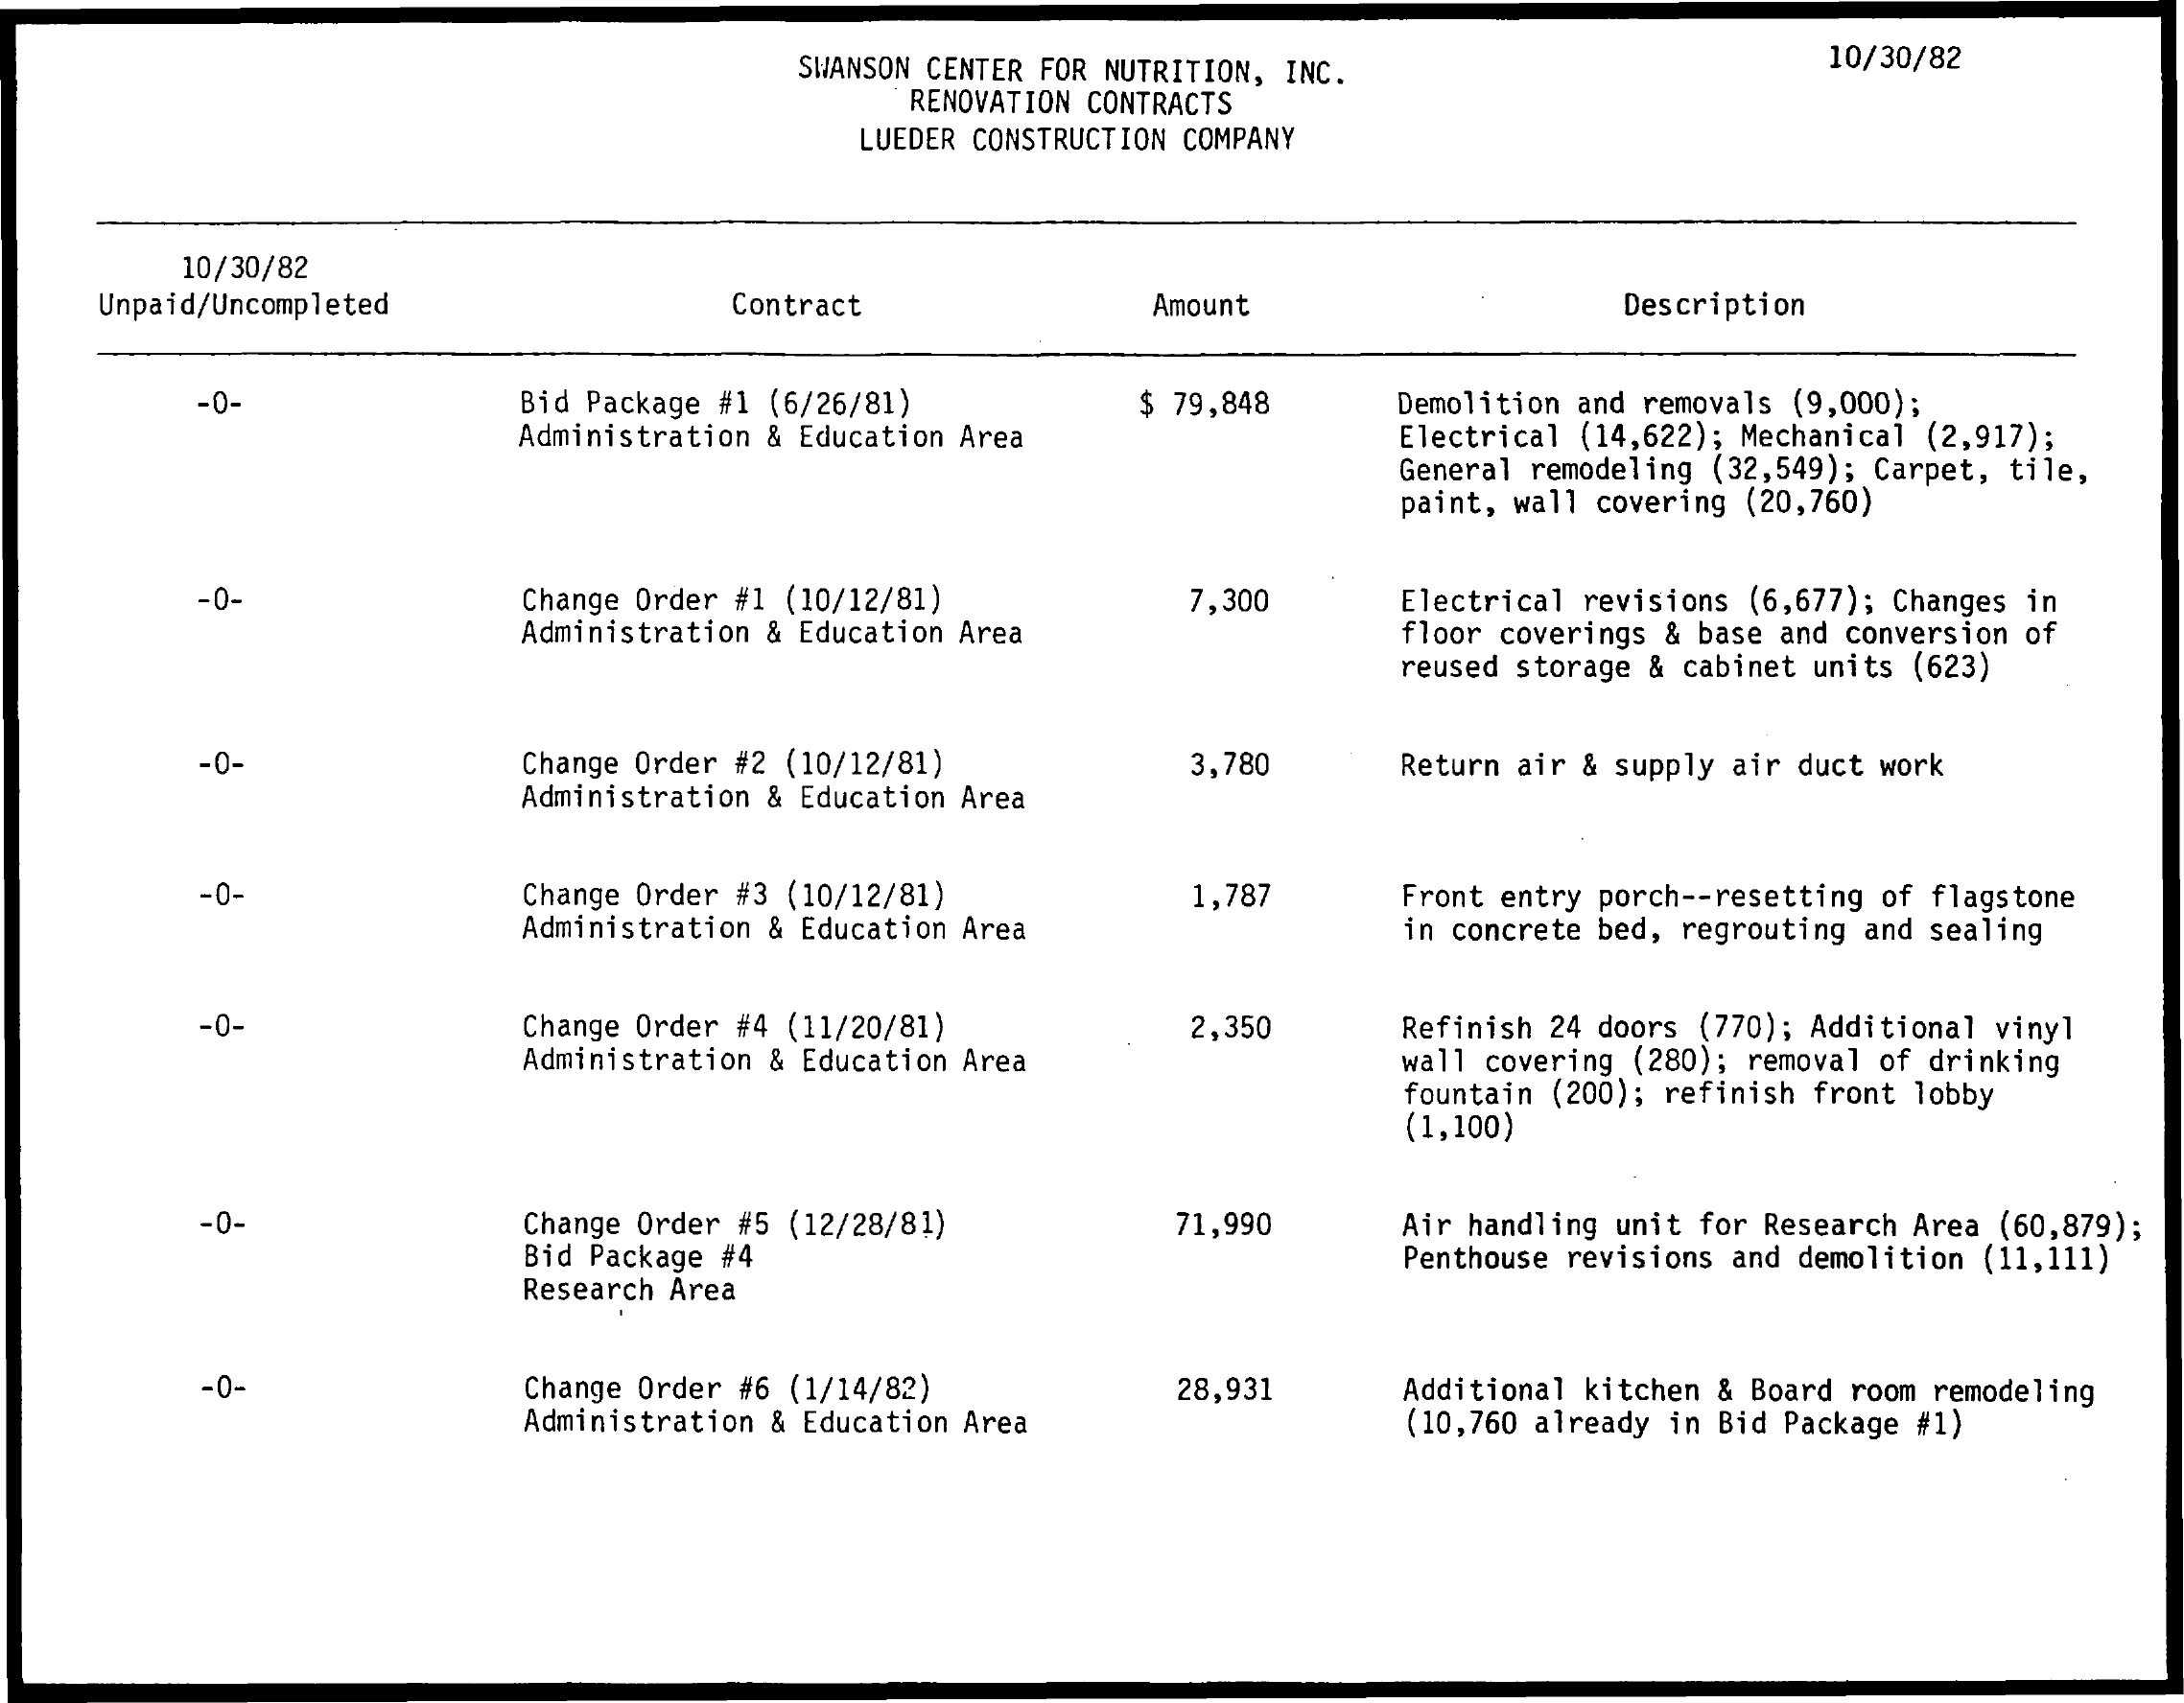
SWANSON CENTER FOR NUTRITION, INC.   10/30/82
     RENOVATION CONTRACTS
     LUEDER CONSTRUCTION COMPANY
     10/30/82
    Unpaid/Uncompleted    Contract    Amount    Description
     -0-    Bid Package #1 (6/26/81)
     Administration & Education Area
     $ 79,848 Demolition and removals (9,000);
     Electrical (14,622); Mechanical (2,917);
     General remodeling (32,549); Carpet, tile,
     paint, wall covering (20,760)
     -0-    Change Order #1 (10/12/81) 7,300 Electrical revisions (6,677); Changes in
     Administration & Education Area floor coverings & base and conversion of
     reused storage & cabinet units (623)
     -0-    Change Order #2 (10/12/81) 3,780 Return air & supply air duct work
     Administration & Education Area
     -0-    Change Order #3 (10/12/81) 1,787 Front entry porch -- resetting of flagstone
     Administration & Education Area in concrete bed, regrouting and sealing
     -0-    Change Order #4 (11/20/81)    Refinish 24 doors (770); Additional vinyl
     Administration & Education Area
     2,350
     wall covering (280); removal of drinking
     (1,100)
     fountain (200); refinish front lobby
     -0-    Change Order #5 (12/28/81)
     Bid Package #4
     71,990  Air handling unit for Research Area (60,879);
     Penthouse revisions and demolition (11,111)
     Research Area
     -0-    Change Order #6 (1/14/82)
     Administration & Education Area
     28,931  Additional kitchen & Board room remodeling
     (10,760 already in Bid Package #1)